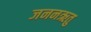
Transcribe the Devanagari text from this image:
जननऋतु